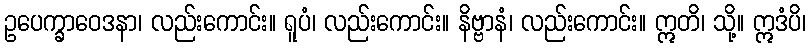
ဥပေက္ခာဝေဒနာ၊ လည်းကောင်း။ ရူပံ၊ လည်းကောင်း။ နိဗ္ဗာနံ၊ လည်းကောင်း။ ဣတိ၊ သို့။ ဣဒံပိ၊